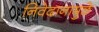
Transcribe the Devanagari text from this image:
निवेदानामुळे